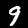
Label: 9